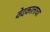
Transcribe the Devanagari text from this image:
वेदकालाचा